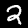
Label: 2